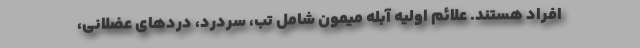
افراد هستند. علائم اولیه آبله میمون شامل تب، سردرد، دردهای عضلانی،